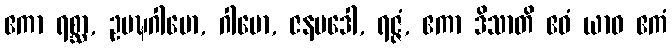
ဧကာ ရစ္ဆာ, ဥပဍ္ဎဂါမော, ဂါမော, ဇနပဒေါ, ရဇ္ဇံ, ဧကာ ဒိသာတိ ဧဝံ ယာဝ ဧကံ